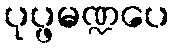
ပုပ္ဖမဏ္ဍပေ